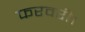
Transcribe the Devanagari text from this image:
फरवरी।